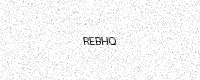
Text: REBHQ